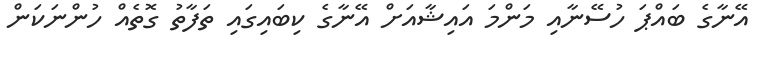
އޭނާގެ ބައްޕަ ހުސޭނާއި މަންމަ އައިޝާއަށް އޭނާގެ ކިބައިގައި ތަފާތު ގޮތެއް ހުންނަކަން